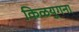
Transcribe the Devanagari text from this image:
किळयुगना